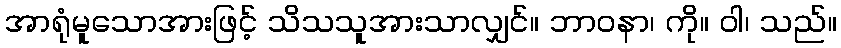
အာရုံမူသောအားဖြင့် သိသသူအားသာလျှင်။ ဘာဝနာ၊ ကို။ ဝါ၊ သည်။